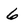
Character: 6